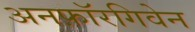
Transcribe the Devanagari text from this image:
अनफ़ॉरगिवेन